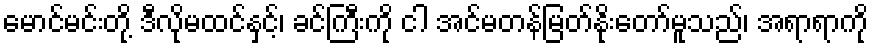
မောင်မင်းတို့ ဒီလိုမထင်နှင့်၊ ခင်ကြီးကို ငါ အင်မတန်မြတ်နိုးတော်မူသည်၊ အရာရာကို